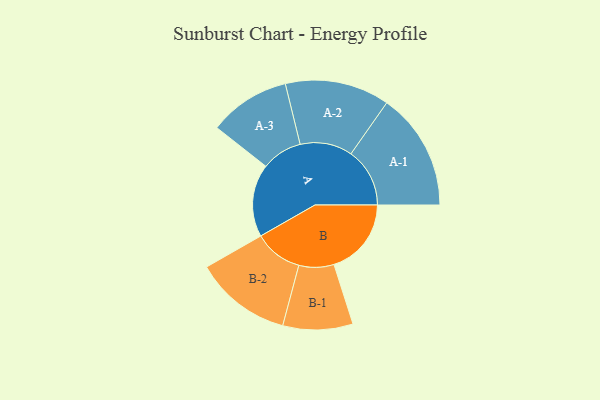
{"axis": {"x": "Segment", "y": "Value"}, "legend": ["", "A", "B"], "data": [{"x": "A", "y": 345, "type": ""}, {"x": "B", "y": 367, "type": ""}, {"x": "A-1", "y": 279, "type": "A"}, {"x": "A-2", "y": 248, "type": "A"}, {"x": "A-3", "y": 193, "type": "A"}, {"x": "B-1", "y": 166, "type": "B"}, {"x": "B-2", "y": 230, "type": "B"}]}